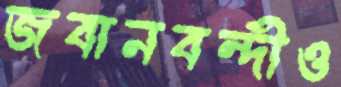
জবানবন্দীও